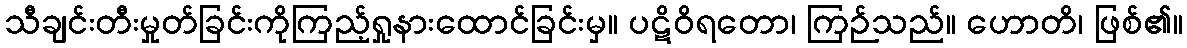
သီချင်းတီးမှုတ်ခြင်းကိုကြည့်ရှုနားထောင်ခြင်းမှ။ ပဋိဝိရတော၊ ကြဉ်သည်။ ဟောတိ၊ ဖြစ်၏။